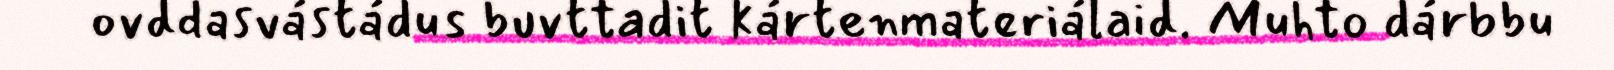
ovddasvástádus buvttadit kártenmateriálaid. Muhto dárbbu